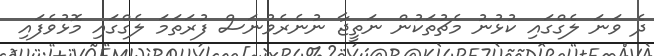
ދެ ވަނަ ލެގްގައި ކުޅުނު މެޗުތަކުން ނަތީޖާ ނުނެރެވުނަސް ފުރަތަމަ ލެގްގައި މޮޅުވެފައި